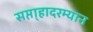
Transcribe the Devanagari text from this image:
सप्ता्हादरम्यान